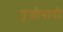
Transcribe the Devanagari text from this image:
पूजीवादी